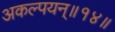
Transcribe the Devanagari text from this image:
अकल्पयन्॥१४॥